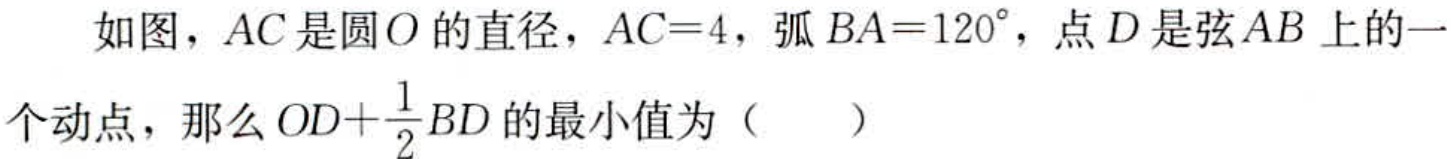
如图，\(AC\)是圆\(O\)的直径，\(AC = 4\)，弧\(BA = 120^{\circ}\)，点\(D\)是弦\(AB\)上的一

个动点，那么\(OD+\frac{1}{2}BD\)的最小值为（  ）